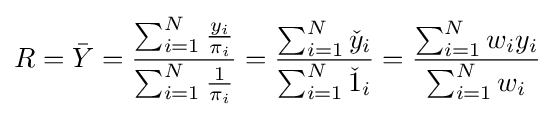
R={\bar {Y}}={\frac {\sum _{i=1}^{N}{\frac {y_{i}}{\pi _{i}}}}{\sum _{i=1}^{N}{\frac {1}{\pi _{i}}}}}={\frac {\sum _{i=1}^{N}{\check {y}}_{i}}{\sum _{i=1}^{N}{\check {1}}_{i}}}={\frac {\sum _{i=1}^{N}w_{i}y_{i}}{\sum _{i=1}^{N}w_{i}}}